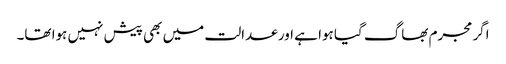
اگر مجرم بھاگ گیا ہوا ہے اور عدالت میں بھی پیش نہیں ہوا تھا۔